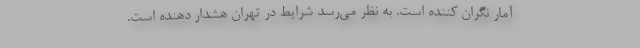
آمار نگران کننده است. به نظر می‌رسد شرایط در تهران هشدار دهنده است.